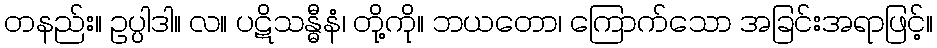
တနည်း။ ဥပ္ပါဒါ။ လ။ ပဋိသန္ဓီနံ၊ တို့ကို။ ဘယတော၊ ကြောက်သော အခြင်းအရာဖြင့်။